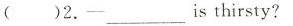
()2.-___ is thirsty?